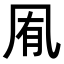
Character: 𭂱